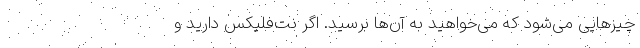
چیزهایی می‌شود که می‌خواهید به آن‌ها برسید. اگر نت‌فلیکس دارید و